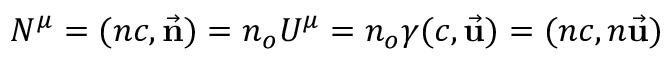
N ^ { \mu } = ( n c , { \vec { \mathbf { n } } } ) = n _ { o } U ^ { \mu } = n _ { o } \gamma ( c , { \vec { \mathbf { u } } } ) = ( n c , n { \vec { \mathbf { u } } } )